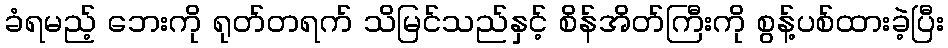
ခံရမည့် ဘေးကို ရုတ်တရက် သိမြင်သည်နှင့် စိန်အိတ်ကြီးကို စွန့်ပစ်ထားခဲ့ပြီး